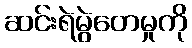
ဆင်းရဲမွဲတေမှုကို